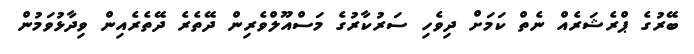
ބޭރުގެ ޕްރެޝަރެއް ނެތް ކަމަށް ދިވެހި ސަރުކާރުގެ މަސްއޫލްވެރިން ދޭތެރެ ދޭތެރެއިން ވިދާޅުވަމުން